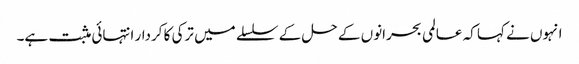
انہوں نے کہا کہ عالمی بحرانوں کے حل کے سلسلے میں ترکی کا کردار انتہائی مثبت ہے۔